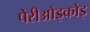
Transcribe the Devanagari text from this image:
पेरीओइकोइ